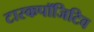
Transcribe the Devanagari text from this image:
टास्कपॉजिटिव